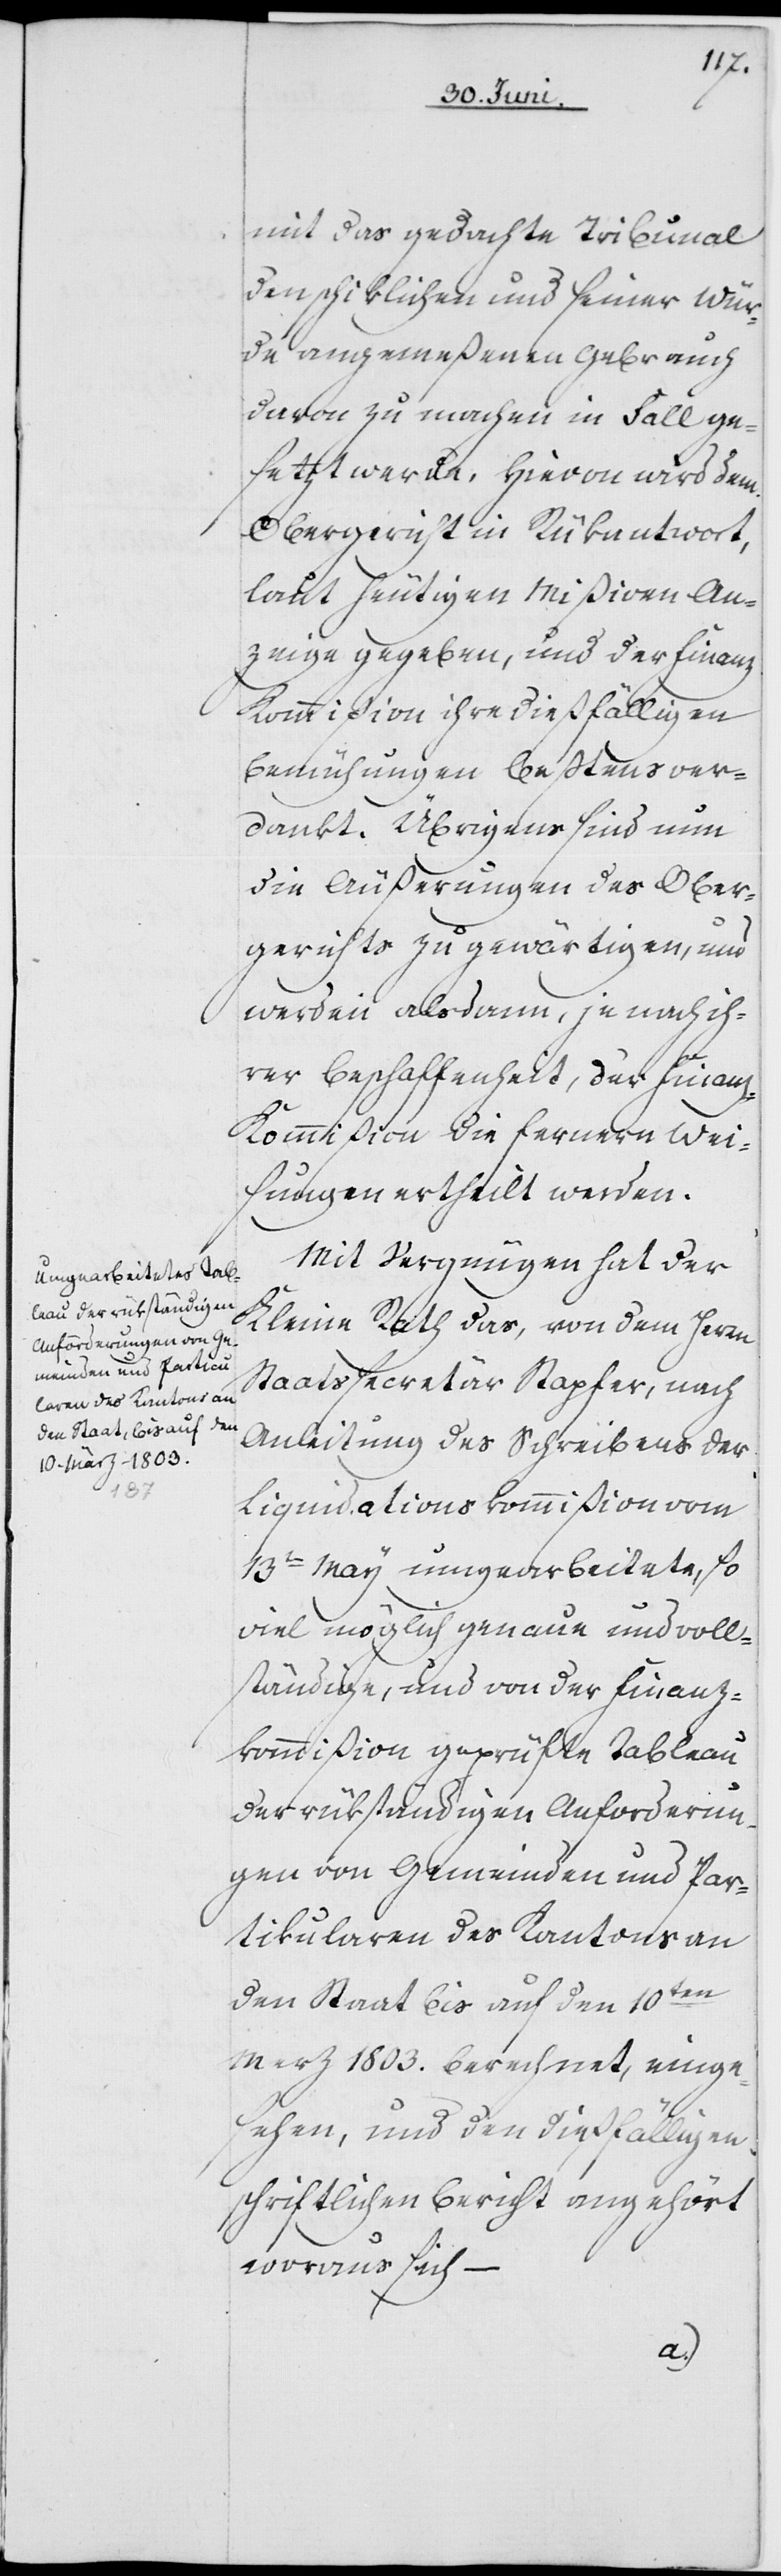
mit das gedachte Tribunal
den schiklichen und seiner Wür¬
de angemeßenen Gebrauch
davon zu machen in Fall ge¬
setzt werde. Hievon wird dem
Obergericht in Rükantwort,
laut heutigen Mißiven An¬
zeige gegeben, und der Finanz
Kommißion ihre dießfälligen
Bemühungen beßtens ver¬
dankt. Übrigens sind nun
die Äußerungen des Ober¬
gerichts zu gewärtigen, und
werden alsdann, je nach ih¬
rer Beschaffenheit, der Finanz-K¬
ommißion die fernern Wei¬
sungen ertheilt werden.
Mit Vergnügen hat der
Kleine Rath das, von dem Herrn
Staatssecretär Stapfer, nach
Anleitung des Schreibens der
Liquidationskommißion vom
13ten May umgearbeitete, so
viel möglich genaue und voll¬
ständige, und von der Finanz¬
kommißion geprüfte Tableau
der rükständigen Anforderun¬
gen von Gemeinden und Par¬
tikularen des Kantons an
den Staat bis auf den 10ten
Merz 1803. berechnet, einge¬
sehen, und den dießfälligen
schriftlichen Bericht angehört,
woraus sich –